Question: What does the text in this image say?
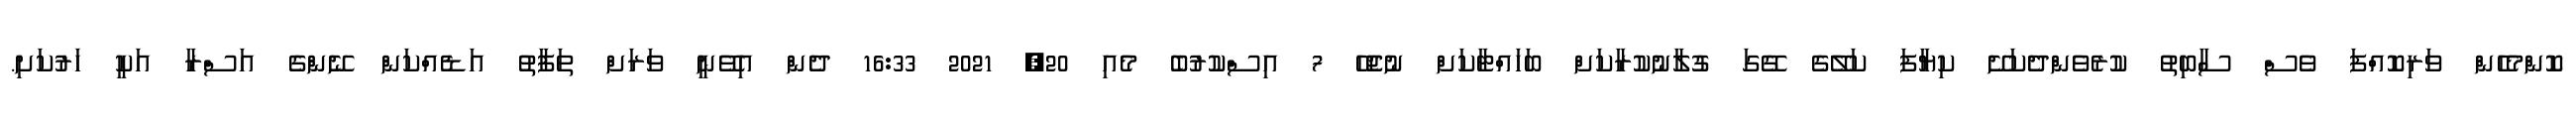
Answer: ކޮންމެހެން ވަރިކޮއްފަ ވެސް ސާބިތު ކުރެވެންދެކަށޭ ކިޔާފަ ކަލޭގެ ގޭގަ ގުލާނުކުރާކަށް ބަހައްޓާކަށް ނުޖެހޭ 7 އިސްކުރުބެ މެއި 20, 2021 16:33 ދެން އިވޭނީ ވަރަށް ތަފާތު އަޑެއްކަން ނޭންގެ އަސްރާ އަކީ ހަރުކަށި.